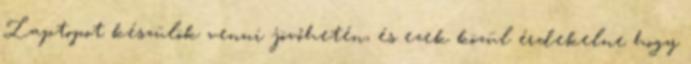
Laptopot készülök venni jövőhetén, és ezek közül érdekelne hogy